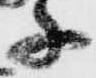
子